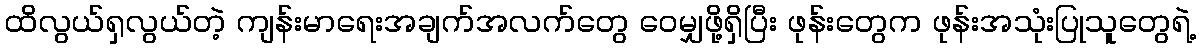
ထိလွယ်ရှလွယ်တဲ့ ကျန်းမာရေးအချက်အလက်တွေ ဝေမျှဖို့ရှိပြီး ဖုန်းတွေက ဖုန်းအသုံးပြုသူတွေရဲ့